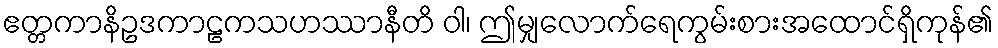
ဧတ္တကာနိဥဒကာဠကသဟဿာနီတိ ဝါ၊ ဤမျှလောက်ရေကွမ်းစားအထောင်ရှိကုန်၏